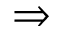
\Rightarrow